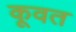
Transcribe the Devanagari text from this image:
कूवत